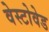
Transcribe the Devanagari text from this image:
वेस्टोवेड